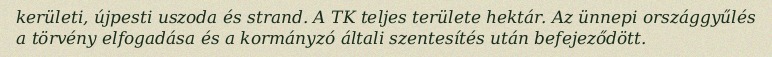
kerületi, újpesti uszoda és strand. A TK teljes területe hektár. Az ünnepi országgyűlés a törvény elfogadása és a kormányzó általi szentesítés után befejeződött.